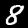
Label: 8